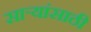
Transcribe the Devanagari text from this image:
सार्‍यांसाठी